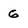
Character: 6